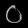
Digit: ၀